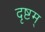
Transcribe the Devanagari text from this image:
दृष्टम्